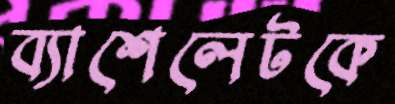
ব্যাশেলেটকে